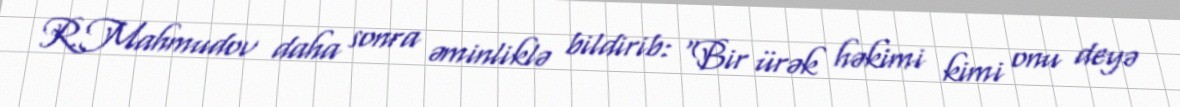
R.Mahmudov daha sonra əminliklə bildirib: “Bir ürək həkimi kimi onu deyə